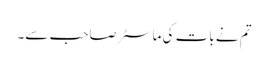
تم نے بات کی ماسٹر صاحب سے۔